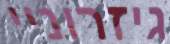
גיזרוניי